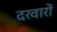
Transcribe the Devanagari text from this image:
दरवारों